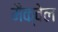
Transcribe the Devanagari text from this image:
मैक्वेल